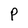
Character: P